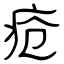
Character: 疮